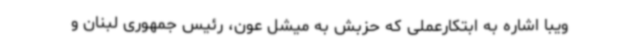
ویبا اشاره به ابتکارعملی که حزبش به میشل عون، رئیس جمهوری لبنان و